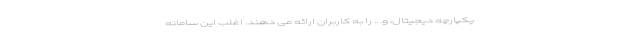
یکپارچه دیجیتال، و. .. را به کاربران ارائه می دهند. اغلب این سامانه